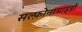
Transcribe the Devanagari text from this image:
सल्फ़ोनामाइडों